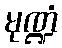
မုဏ္ဍံ